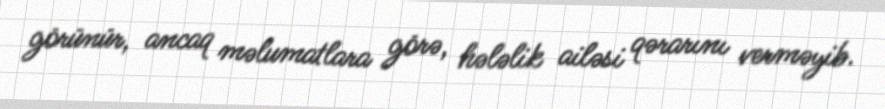
görünür, ancaq məlumatlara görə, hələlik ailəsi qərarını verməyib.